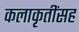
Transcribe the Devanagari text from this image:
कलाकृतींसह